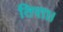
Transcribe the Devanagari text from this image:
तिरा।।